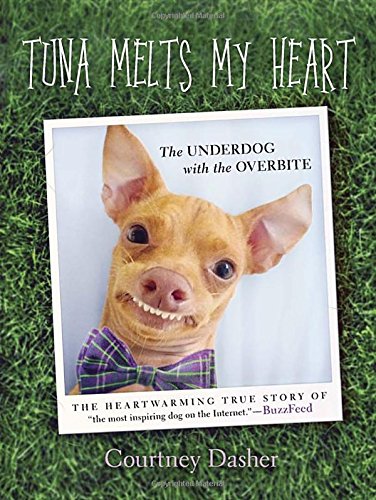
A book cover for Tuna Melts My Heart: The Underdog with the Overbite; Courtney Dasher; Humor & Entertainment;